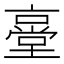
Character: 㙶